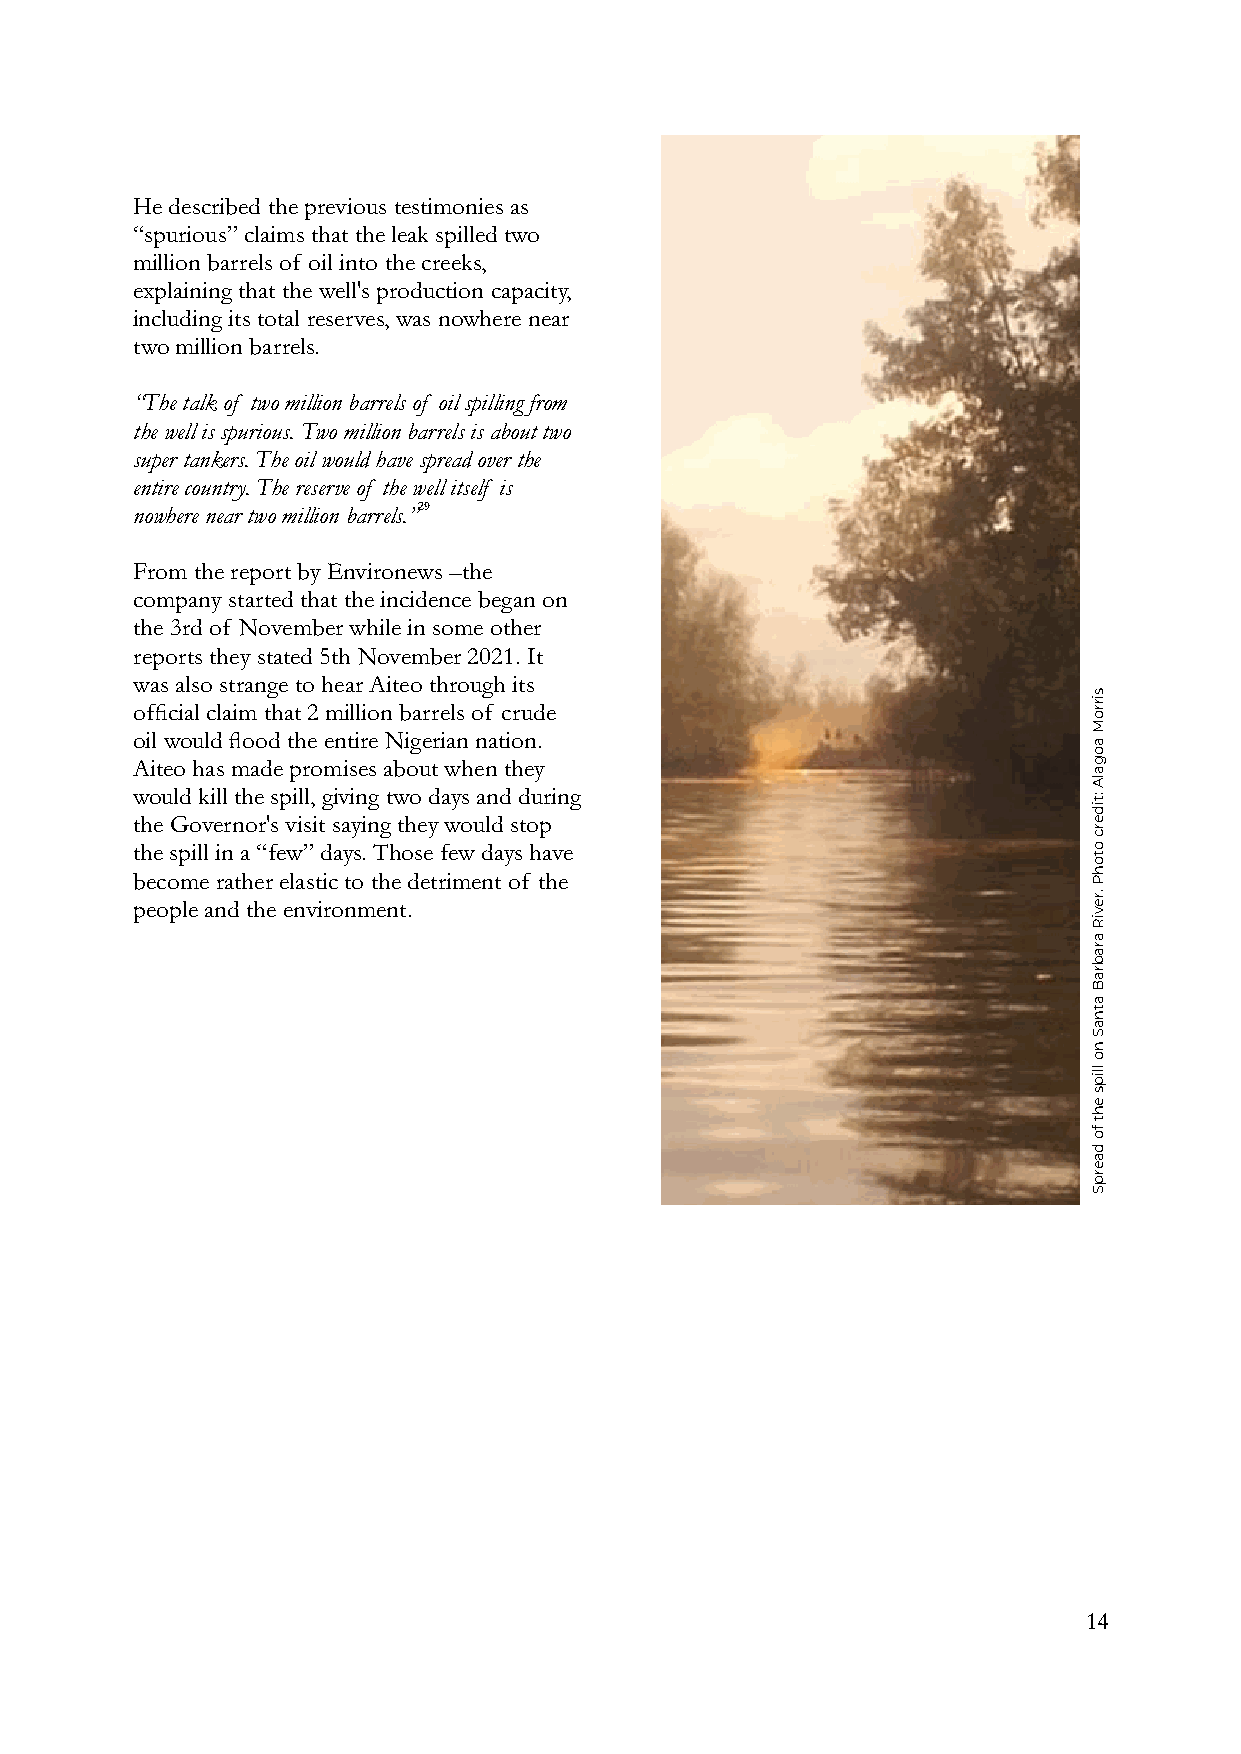
He described the previous testimonies as
 “spurious” claims that the leak spilled two
 million barrels of oil into the creeks,
 explaining that the well's production capacity,
 including its total reserves, was nowhere near
 two million barrels.
 “The talk of two million barrels of oil spilling from
 the well is spurious. Two million barrels is about two
 super tankers. The oil would have spread over the
 entire country. The reserve of the well itself is
 nowhere near two million barrels.”29
 From the report by Environews –the
 company started that the incidence began on
 the 3rd of November while in some other
 reports they stated 5th November 2021. It
 was also strange to hear Aiteo through its
 official claim that 2 million barrels of crude
 oil would flood the entire Nigerian nation.
 Aiteo has made promises about when they
 would kill the spill, giving two days and during
 the Governor's visit saying they would stop
 the spill in a “few” days. Those few days have
 become rather elastic to the detriment of the
 people and the environment.
 14
 sirroM
 aogalA
 :tiderc
 otohP
 .reviR
 arabraB
 atnaS
 no
 llips
 eht
 fo
 daerpS